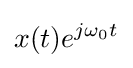
x(t)e^{j\omega _{0}t}